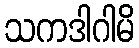
သကဒါဂါမိ